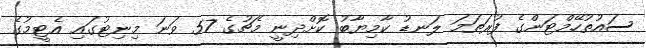
ސައުތުހޭމްޓަންގެ ފުރަތަމަ ލަނޑު ކާމިޔާބު ކޮށްދިނީ މެޗުގެ 57 ވަނަ މިނިޓުގައި އެޓީމުގެ